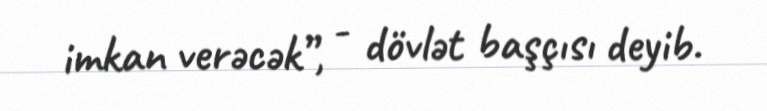
imkan verəcək”, - dövlət başçısı deyib.